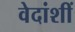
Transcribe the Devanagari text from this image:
वेदांशीं